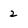
Character: 2